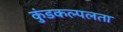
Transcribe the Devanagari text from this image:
कुंडकल्पलता